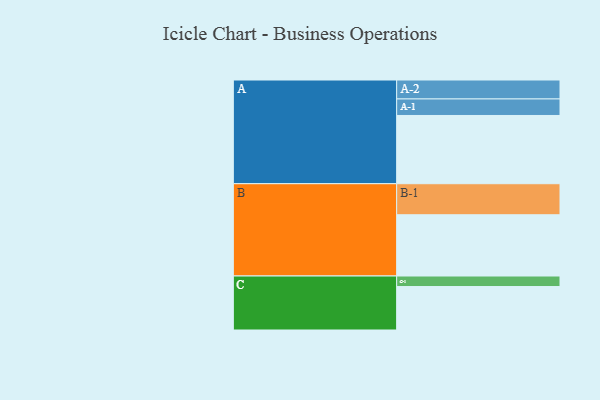
{"axis": {"x": "Segment", "y": "Value"}, "legend": ["", "A", "B", "C"], "data": [{"x": "A", "y": 479, "type": ""}, {"x": "B", "y": 430, "type": ""}, {"x": "C", "y": 305, "type": ""}, {"x": "A-1", "y": 116, "type": "A"}, {"x": "A-2", "y": 133, "type": "A"}, {"x": "B-1", "y": 218, "type": "B"}, {"x": "C-1", "y": 74, "type": "C"}]}